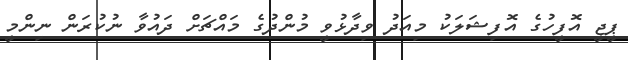
ޕީޖީ އޮފީހުގެ އޮފިޝަލަކު މިއަދު ވިދާޅުވީ މުންދުގެ މައްޗަށް ދައުވާ ނުކުރަން ނިންމީ